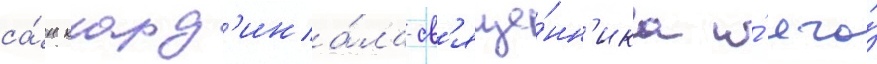
са́н кард'ина́ла-св'яще́нн'ика и́ его́